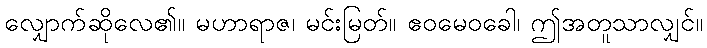
လျှောက်ဆိုလေ၏။ မဟာရာဇ၊ မင်းမြတ်။ ဧဝမေဝခေါ၊ ဤအတူသာလျှင်။